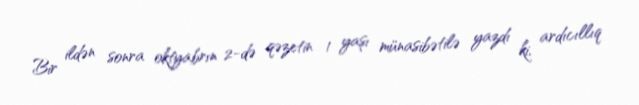
Bir ildən sonra oktyabrın 2-də qəzetin 1 yaşı münasibətilə yazdı ki, ardıcıllıq